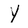
Character: Y